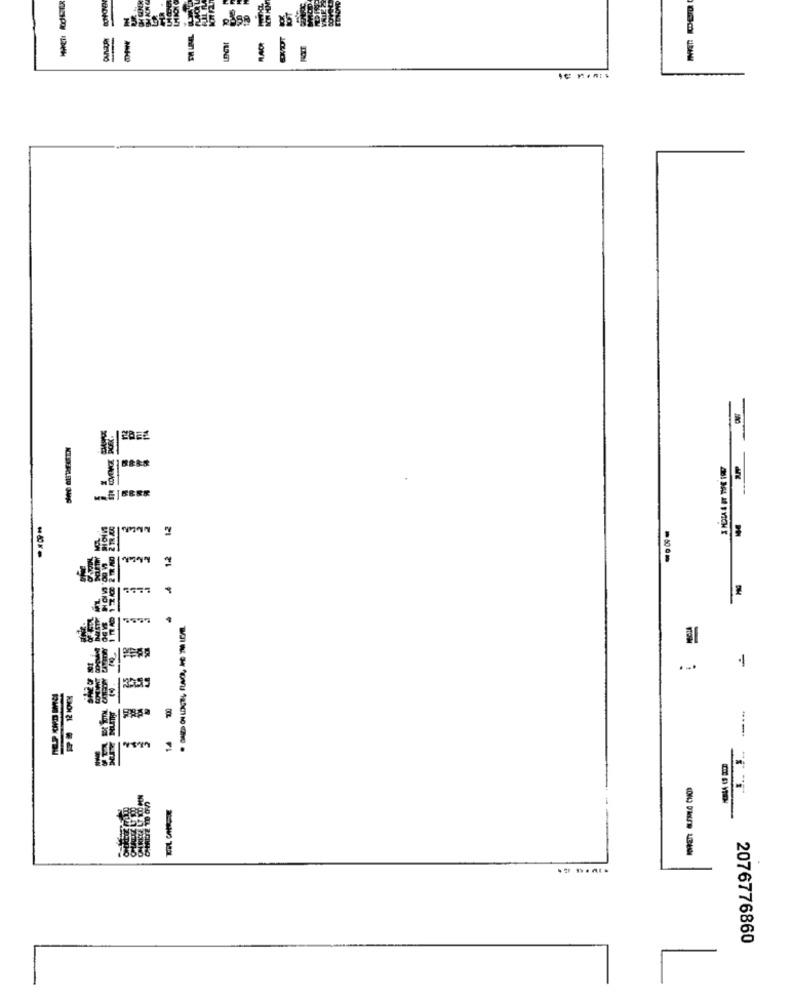
44
21
....
-
2076776860